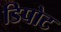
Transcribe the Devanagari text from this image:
डिपोट